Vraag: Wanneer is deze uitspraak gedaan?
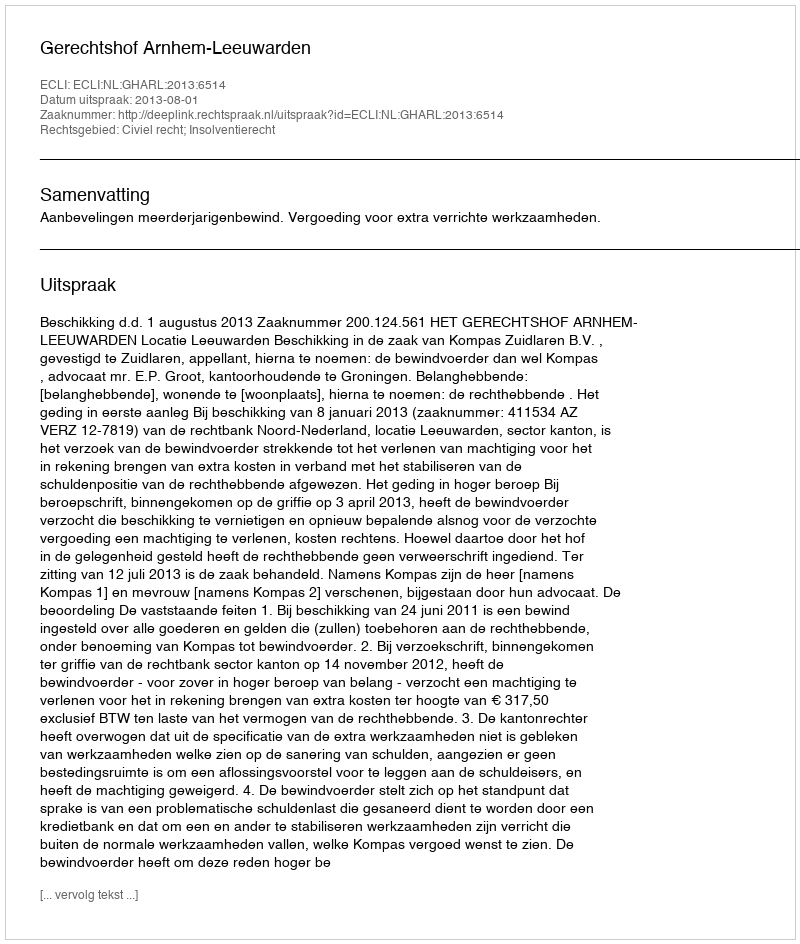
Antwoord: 2013-08-01